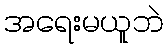
အရေးမယူဘဲ